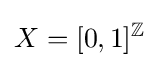
X=[0,1]^{\mathbb {Z} }